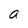
Character: a